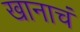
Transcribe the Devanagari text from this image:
खानाचं